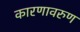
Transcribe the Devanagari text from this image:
कारणावरुण